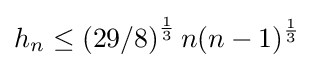
h_{n}\leq \left(29/8\right)^{\frac {1}{3}}n(n-1)^{\frac {1}{3}}